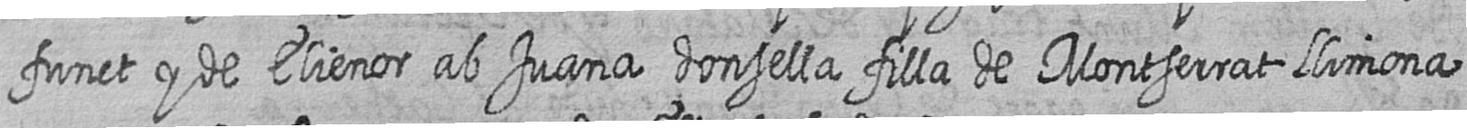
funct y de Elienor ab Juana donsella filla de Montserrat Llimona